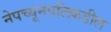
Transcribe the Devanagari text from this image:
नेपच्यूनपलिकडील